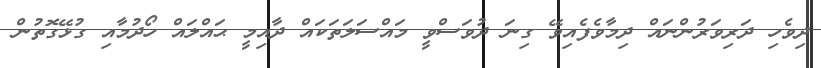
ދިވެހި ދަރިވަރުންނައް ދިމާވެފެއިވޭ ގިނަ ދުވަސްވީ މައްސަލަތަކައް ދާއިމީ ޙައްލައް ހޯދުމާއި ގުޅޭގޮތުން